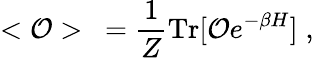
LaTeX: <{\cal O}>~=\frac{1}{Z}\mathrm{Tr}[{\cal O}e^{-\beta H}]\; ,